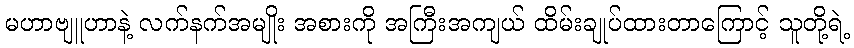
မဟာဗျူဟာနဲ့ လက်နက်အမျိုး အစားကို အကြီးအကျယ် ထိမ်းချုပ်ထားတာကြောင့် သူတို့ရဲ့